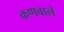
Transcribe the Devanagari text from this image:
कणवाले